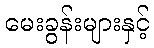
မေးခွန်းများနှင့်